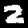
Label: 2